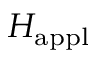
H _ { \mathrm { a p p l } }